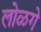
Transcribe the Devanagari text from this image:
लोळगे